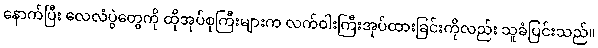
နောက်ပြီး လေလံပွဲတွေကို ထိုအုပ်စုကြီးများက လက်ဝါးကြီးအုပ်ထားခြင်းကိုလည်း သူခံပြင်းသည်။